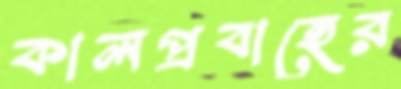
কালপ্রবাহের